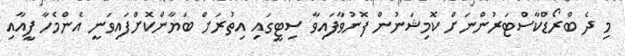
މި ދެ ބްރޯޑްކާސްޓަރުންނަށް ކޮމިޝަނުން ފޮނުވާފައިވާ ސިޓީގައި އިތުރަށް ބަޔާންކޮށްފައިވަނީ އެންމެހާ ފީއާއި